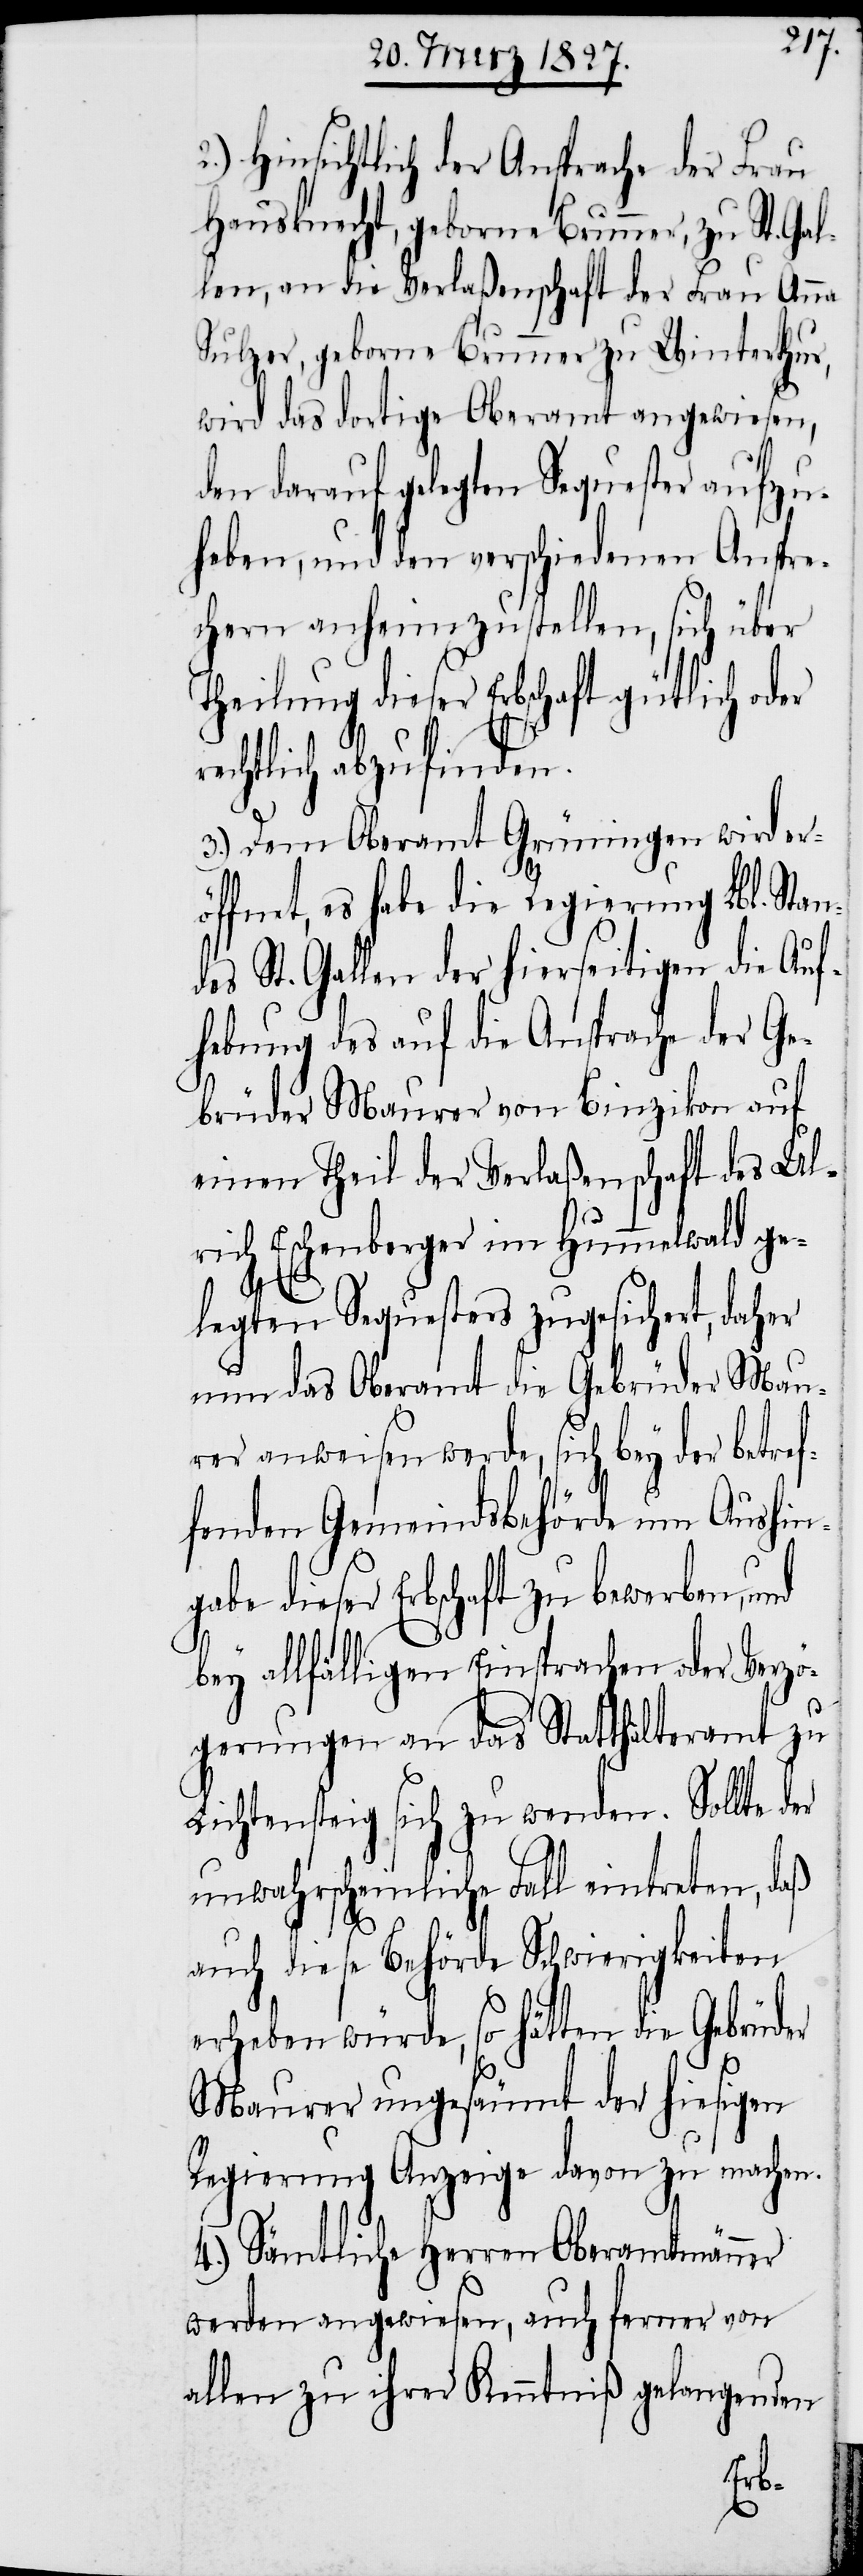
Hinsichtlich der Ansprache der Frau
Hausknecht, geborne Brunner, zu St. Gal¬
len, an die Verlaßenschaft der Frau Anna
Sulzer, geborne Brunner zu Winterthur,
wird das dortige Oberamt angewiesen,
den darauf gelegten Sequester aufzu¬
heben, und den verschiedenen Anspre¬
chern anheimzustellen, sich über
Theilung dieser Erbschaft gütlich oder
echtlich abzufinden.
3.) Dem Oberamt Grüningen wird er¬
öffnet, es habe die Regierung Lbl. Stan¬
des St. Gallen der hierseitigen die Auf¬
hebung des auf die Ansprache der Ge¬
brüder Maurer von Binzikon auf
einen Theil der Verlaßenschaft des Ul¬
rich Eschenberger im Hummelwald ge¬
r¬
legten Sequesters zugesichert, daher
nun das Oberamt die Gebrüder Mau¬
rer anweisen werde, sich bey der betref¬
fenden Gemeindsbehörde um Aushing¬
abe dieser Erbschaft zu bewerben, und
bey allfälligen Einsprachen oder Verzö¬
gerungen an das Statthalteramt zu
Lichtensteig sich zu wenden. Sollte der
unwahrscheinliche Fall eintreten, daß
auch diese Behörde Schwierigkeiten
erheben würde, so hätten die Gebrüder
Maurer ungesäumt der hiesigen
Regierung Anzeige davon zu machen.
4.) Sämtliche Herren Oberamtmänner
werden angewiesen, auch ferner von
allen zu ihrer Kenntniß gelangenden